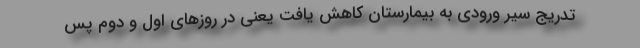
تدریج سیر ورودی به بیمارستان کاهش یافت یعنی در روزهای اول و دوم پس